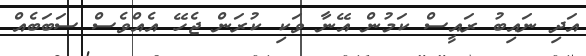
އަދި ނައިބު ރައީސް ކަމުން އޭނާ ވަކި ކުރަން ޖެހޭ އެއްވެސް ސަބަބެއް